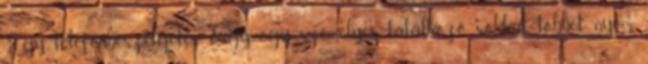
Egy telefonbeszélgetés vagy egy személyes találkozó sokkal többet nyom